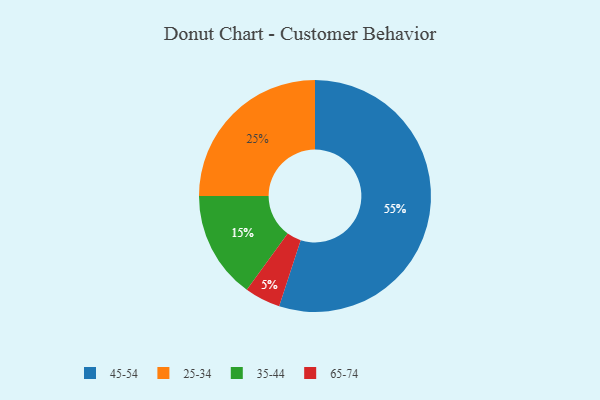
{"axis": {"x": "Category", "y": "Percentage"}, "legend": ["25-34", "35-44", "45-54", "65-74"], "data": [{"x": "45-54", "y": 55, "type": "45-54"}, {"x": "65-74", "y": 5, "type": "65-74"}, {"x": "25-34", "y": 25, "type": "25-34"}, {"x": "35-44", "y": 15, "type": "35-44"}]}